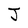
Character: J